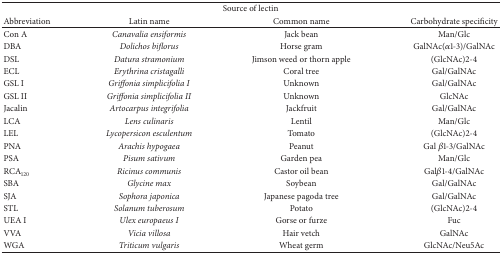
<table><thead><tr><td colspan="4"><b>Source of lectin</b></td></tr><tr><td><b>Abbreviation</b></td><td><b>Latin name</b></td><td><b>Common name</b></td><td><b>Carbohydrate specificity</b></td></tr></thead><tbody><tr><td>Con A</td><td><i>Canavalia ensiformis </i></td><td>Jack bean</td><td>Man/Glc</td></tr><tr><td>DBA</td><td><i>Dolichos biflorus </i></td><td>Horse gram</td><td>GalNAc(<i>α</i>1-3)/GalNAc</td></tr><tr><td>DSL</td><td><i>Datura stramonium </i></td><td>Jimson weed or thorn apple</td><td>(GlcNAc)2-4</td></tr><tr><td>ECL</td><td><i>Erythrina cristagalli </i></td><td>Coral tree</td><td>Gal/GalNAc</td></tr><tr><td>GSL I</td><td><i>Griffonia simplicifolia I </i></td><td>Unknown</td><td>Gal/GalNAc</td></tr><tr><td>GSL II</td><td><i>Griffonia simplicifolia II </i></td><td>Unknown</td><td>GlcNAc</td></tr><tr><td>Jacalin</td><td><i>Artocarpus integrifolia </i></td><td>Jackfruit</td><td>Gal/GalNAc</td></tr><tr><td>LCA</td><td><i>Lens culinaris </i></td><td>Lentil</td><td>Man/Glc</td></tr><tr><td>LEL</td><td><i>Lycopersicon esculentum </i></td><td>Tomato</td><td>(GlcNAc)2-4</td></tr><tr><td>PNA</td><td><i>Arachis hypogaea </i></td><td>Peanut</td><td>Gal <i>β</i>1-3/GalNAc</td></tr><tr><td>PSA</td><td><i>Pisum sativum </i></td><td>Garden pea</td><td>Man/Glc</td></tr><tr><td>RCA<sub>120</sub></td><td><i>Ricinus communis </i></td><td>Castor oil bean</td><td>Gal<i>β</i>1-4/GalNAc</td></tr><tr><td>SBA</td><td><i>Glycine max </i></td><td>Soybean</td><td>Gal/GalNAc</td></tr><tr><td>SJA</td><td><i>Sophora japonica </i></td><td>Japanese pagoda tree</td><td>Gal/GalNAc</td></tr><tr><td>STL</td><td><i>Solanum tuberosum </i></td><td>Potato</td><td>(GlcNAc)2-4</td></tr><tr><td>UEA I</td><td><i>Ulex europaeus I </i></td><td>Gorse or furze</td><td>Fuc</td></tr><tr><td>VVA</td><td><i>Vicia villosa </i></td><td>Hair vetch</td><td>GalNAc</td></tr><tr><td>WGA</td><td><i>Triticum vulgaris </i></td><td>Wheat germ</td><td>GlcNAc/Neu5Ac</td></tr></tbody></table>